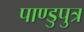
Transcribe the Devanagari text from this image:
पाण्डुपुत्र